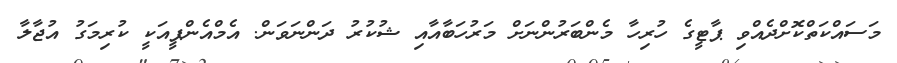
މަސައްކަތްކޮށްދެއްވި ޕާޓީގެ ހުރިހާ މެންބަރުންނަށް މަރުހަބާއާއި ޝުކުރު ދަންނަވަން. އެމްއެންޕީއަކީ ކުރިމަގު އުޖާލާ